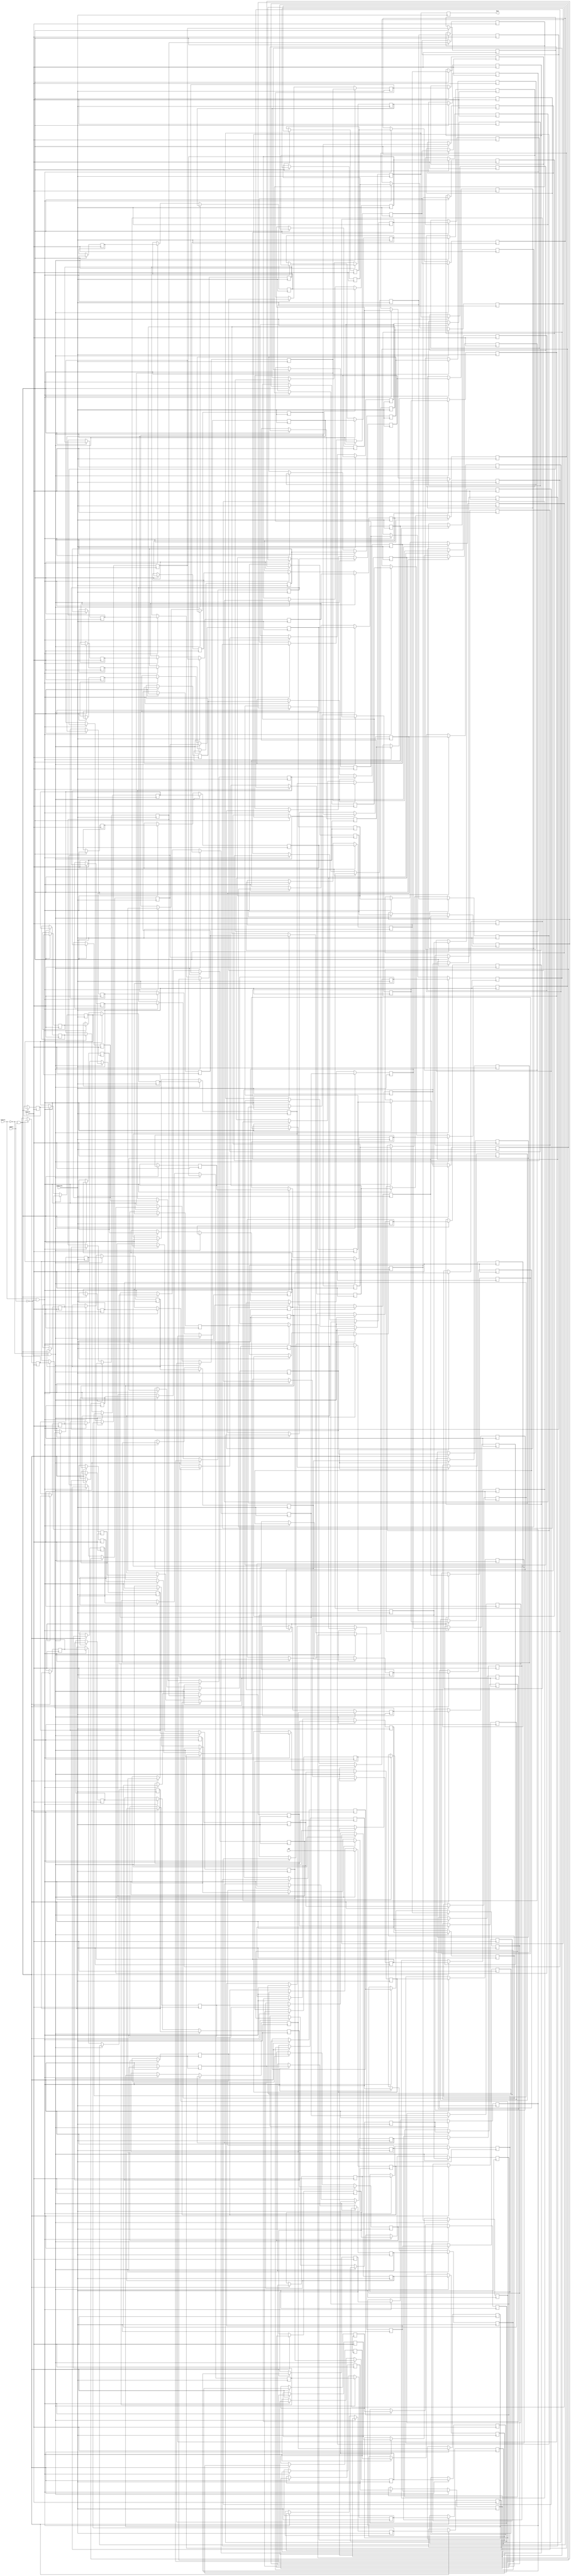
module hardcopyiii_bias_generator (
    din,
    mainclk,
    updateclk,
    capture,
    update,
    dout 
    );
input  din;
input  mainclk;
input  updateclk;
input  capture;
input  update;
output dout;
parameter TOTAL_REG = 100;
reg dout_tmp;
reg generator_reg [TOTAL_REG - 1:0];
reg update_reg [TOTAL_REG - 1:0];
integer i;
initial
begin
    dout_tmp <= 'b0;
    for (i = 0; i < TOTAL_REG; i = i + 1)
    begin
        generator_reg [i] <= 'b0;
        update_reg [i] <= 'b0;
    end
end
always @(posedge mainclk)
begin
    if ((capture == 'b0) && (update == 'b1)) 
    begin
        for (i = 0; i < TOTAL_REG; i = i + 1)
        begin
            generator_reg[i] <= update_reg[i];
        end
    end
end
always @(posedge updateclk)
begin
    dout_tmp <= update_reg[TOTAL_REG - 1];
    if ((capture == 'b0) && (update == 'b0)) 
    begin
        for (i = (TOTAL_REG - 1); i > 0; i = i - 1)
        begin
            update_reg[i] <= update_reg[i - 1];
        end
        update_reg[0] <= din; 
    end
    else if ((capture == 'b1) && (update == 'b0)) 
    begin
        for (i = 0; i < TOTAL_REG; i = i + 1)
        begin
            update_reg[i] <= generator_reg[i];
        end
    end
end
and (dout, dout_tmp, 1'b1);
endmodule